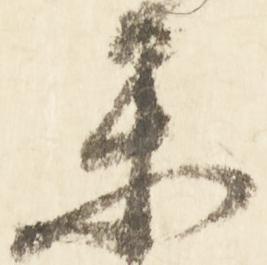
楽